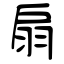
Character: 扇